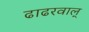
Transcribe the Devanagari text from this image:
ढाढरवाल्